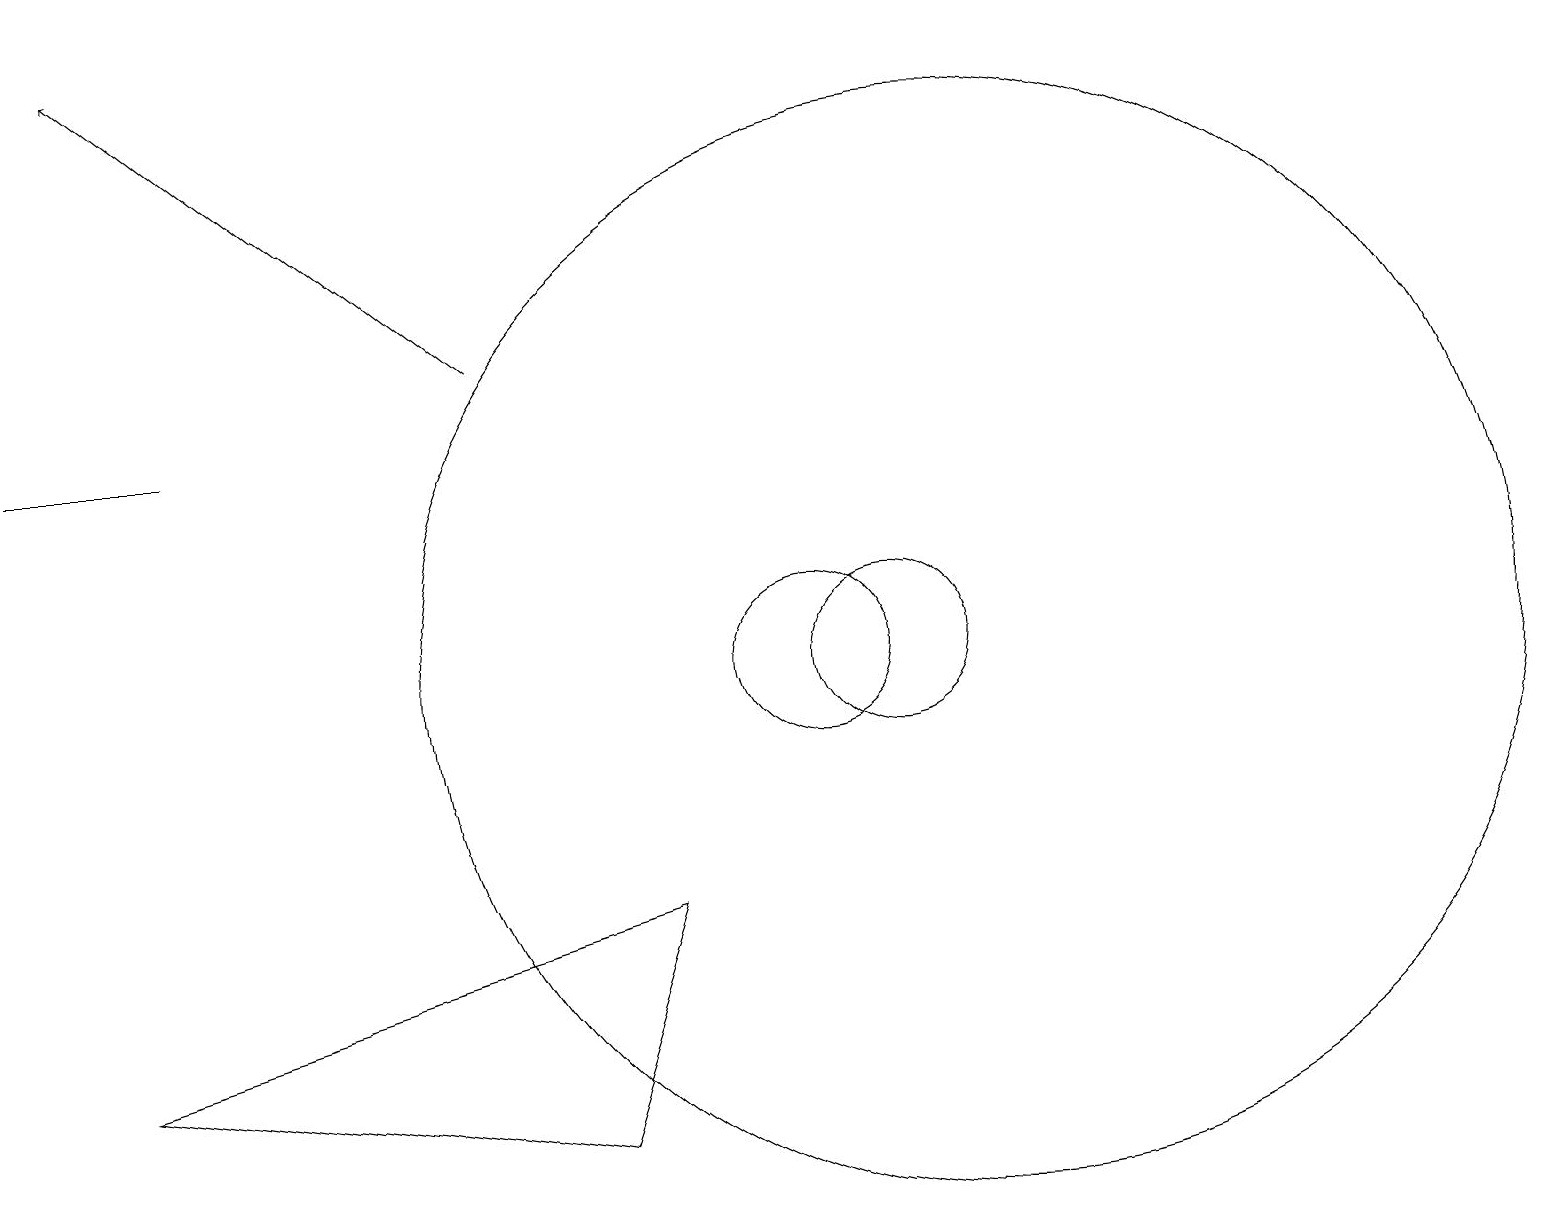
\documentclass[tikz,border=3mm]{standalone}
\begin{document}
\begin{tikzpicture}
\draw (1,5) -- (7,4) -- (8,7) -- cycle;
\draw[->] (6,14) -- (1,18);
\draw (2,13) rectangle (0,13);
\draw (11,10) circle (1);
\draw (10,10) circle (1);
\draw (12,10) circle (7);
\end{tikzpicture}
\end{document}